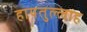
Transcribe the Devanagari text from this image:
हायतुल्लाह